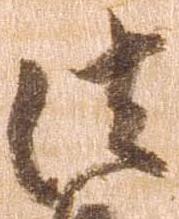
法